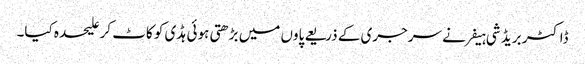
ڈاکٹر بریڈ شی ہیفر نے سرجری کے ذریعے پاوں میں بڑھتی ہوئی ہڈی کو کاٹ کر علیحدہ کیا۔